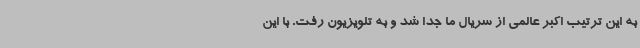
به این ترتیب اکبر عالمی از سریال ما جدا شد و به تلویزیون رفت. با این